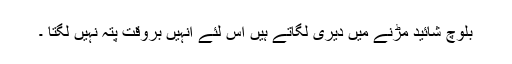
بلوچ شائید مڑنے میں دیری لگاتے ہیں اس لئے انہیں بروقت پتہ نہیں لگتا ۔